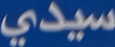
سيدى